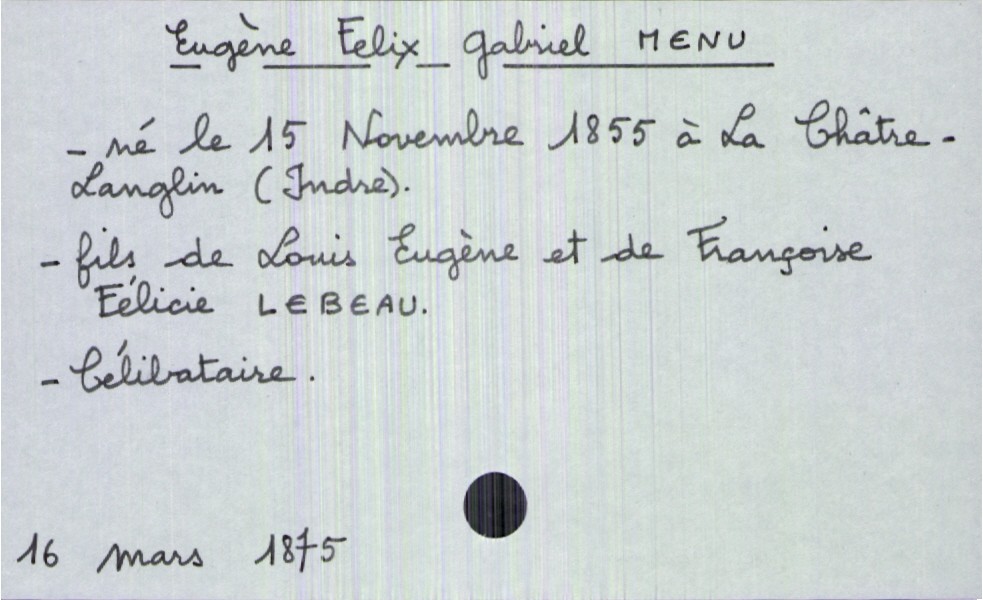
type_acte: Décès
année: 1875
mois: mars
jour: 16
défunt_nom: Menu
défunt_prénom: Eugène Felix Gabriel
défunt_sexe: H
défunt_date_de_naissance: 15 novembre 1855
défunt_lieu_de_naissance: La Châtre-Langlin (Indre)
défunt_statut: célibataire
père_défunt_nom: Menu
père_défunt_prénom: Louis Eugène
mère_défunt_nom: Lebeau
mère_défunt_prénom: Françoise Félicie